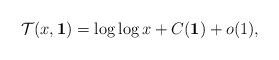
LaTeX: \begin{align*}\mathcal{T}(x, \textbf{1}) = \log \log x+C(\textbf{1})+o(1), \end{align*}